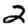
Digit: 2